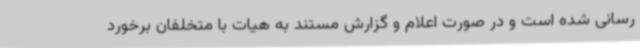
رسانی شده است و در صورت اعلام و گزارش مستند به هیات با متخلفان برخورد